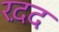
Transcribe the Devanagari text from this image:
रद़द